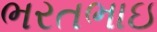
ભરતભાઇ